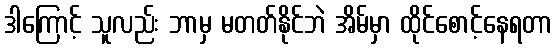
ဒါကြောင့် သူလည်း ဘာမှ မတတ်နိုင်ဘဲ အိမ်မှာ ထိုင်စောင့်နေရတာ